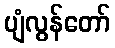
ပျံလွန်တော်